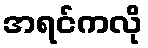
အရင်ကလို